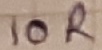
Text: 10R